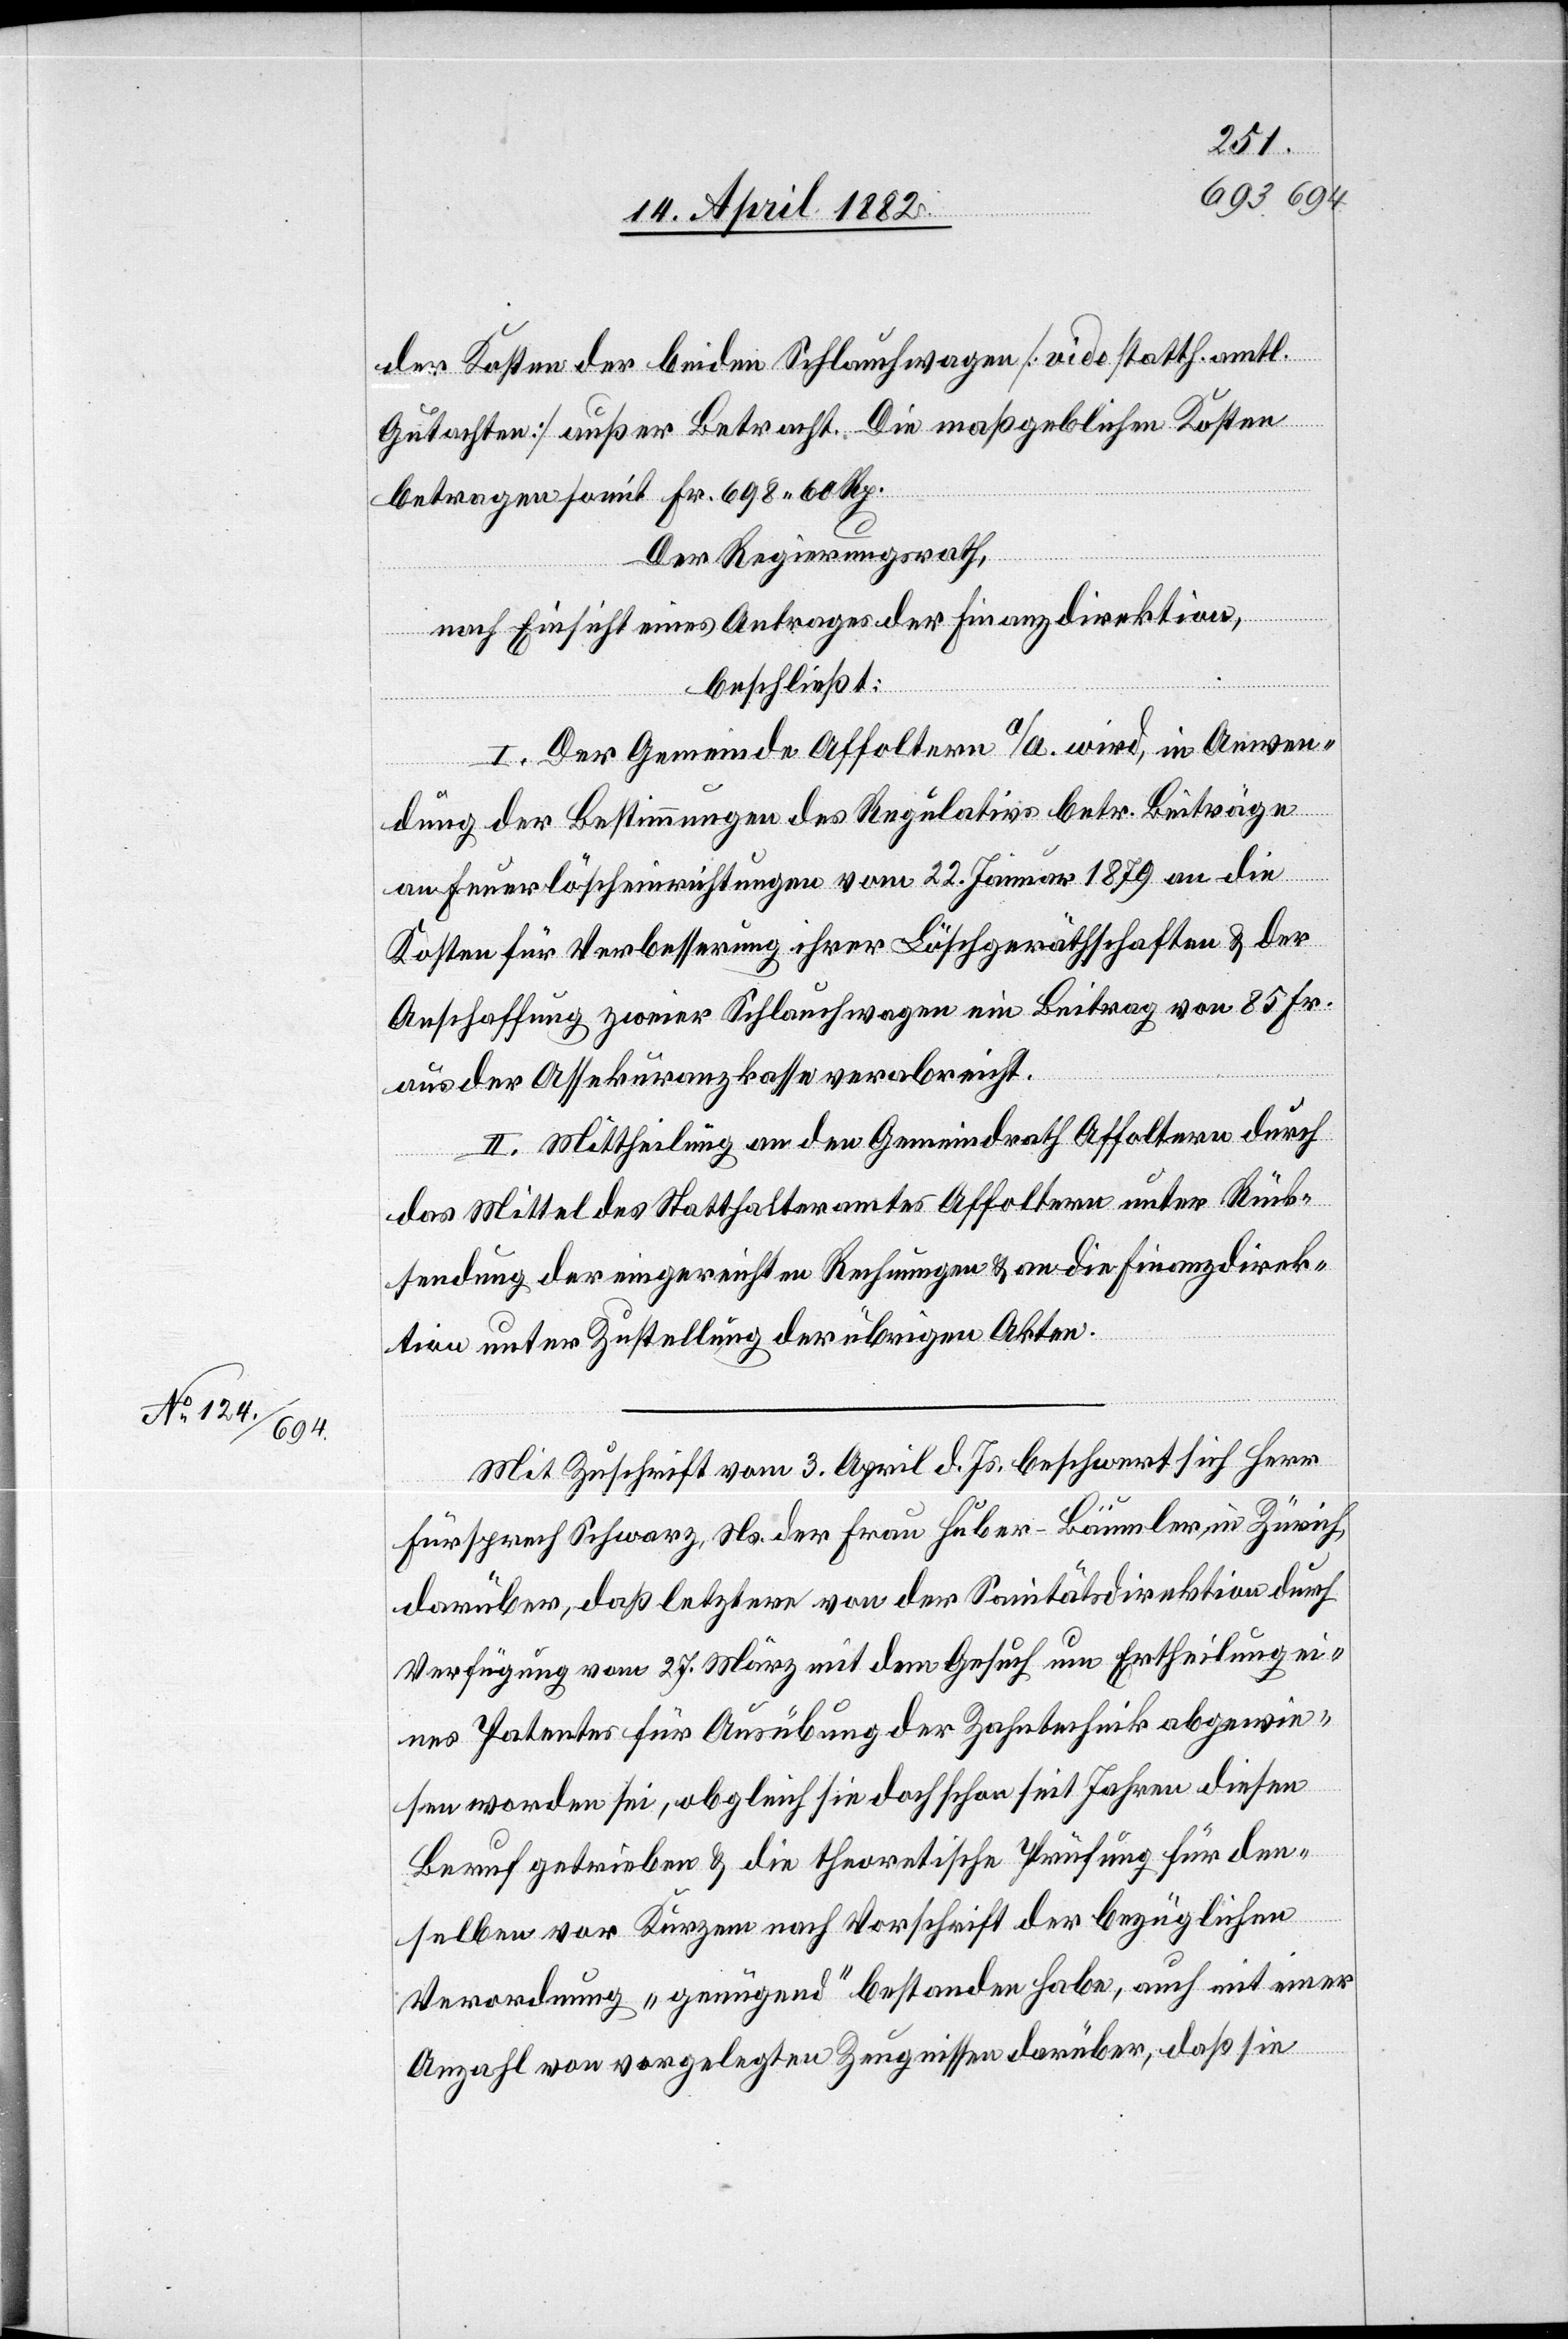
der Kosten der beiden Schlauchwagen [vide statth. amtl.
Gutachten] außer Betracht. Die maßgeblichen Kosten
betragen somit Fr. 698 60 Rp.
Der Regierungsrath,
nach Einsicht eines Antrages der Finanzdirektion,
beschließt:
I. Der Gemeinde Affoltern a/A. wird, in Anwen¬
dung der Bestimmungen des Regulativs betr. Beiträge
an Feuerlöscheinrichtungen vom 22. Januar 1879 an die
Kosten für Verbesserung ihrer Löschgeräthschaften & der
Anschaffung zweier Schlauchwagen ein Beitrag von 85 Fr.
aus der Assekuranzkasse verabreicht.
II. Mittheilung an den Gemeindrath Affoltern durch
das Mittel des Statthalteramtes Affoltern unter Rück¬
sendung der eingereichten Rechnungen & an die Finanzdirek¬
tion unter Zustellung der übrigen Akten.
Mit Zuschrift vom 3. April d. Js. beschwert sich Herr
Fürsprech Schwarz, Ns. der Frau Huber-Bäumler, in Zürich,
darüber, daß letztere von der Sanitätsdirektion durch
Verfügung vom 27. März mit dem Gesuch um Ertheilung ei¬
nes Patentes für Ausübung der Zahntechnik abgewie¬
sen worden sei, obgleich sie doch schon seit Jahren diesen
Beruf getrieben & die theoretische Prüfung für den¬
selben vor Kurzem nach Vorschrift der bezüglichen
Verordnung „genügend“ bestanden habe, auch mit einer
Anzahl von vorgelegten Zeugnissen darüber, daß sie